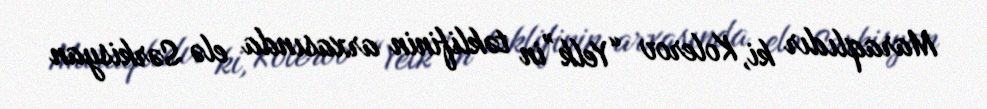
Maraqlıdır ki, Kolerov “Yelk”in təklifinin arxasında elə Sərkisyan